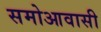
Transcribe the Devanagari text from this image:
समोआवासी